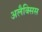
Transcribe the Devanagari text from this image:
अलैक्सिस